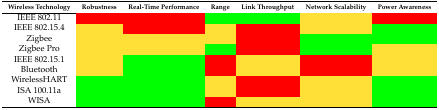
<table><thead><tr><td><b>Wireless Technology</b></td><td><b>Robustness</b></td><td><b>Real-Time Performance</b></td><td><b>Range</b></td><td><b>Link Throughput</b></td><td><b>Network Scalability</b></td><td><b>Power Awareness</b></td></tr></thead><tbody><tr><td>IEEE 802.11</td><td></td><td></td><td></td><td></td><td></td><td></td></tr><tr><td>IEEE 802.15.4</td><td></td><td></td><td></td><td></td><td></td><td></td></tr><tr><td>Zigbee</td><td></td><td></td><td></td><td></td><td></td><td></td></tr><tr><td>Zigbee Pro</td><td></td><td></td><td></td><td></td><td></td><td></td></tr><tr><td>IEEE 802.15.1</td><td></td><td></td><td></td><td></td><td></td><td></td></tr><tr><td>Bluetooth</td><td></td><td></td><td></td><td></td><td></td><td></td></tr><tr><td>WirelessHART</td><td></td><td></td><td></td><td></td><td></td><td></td></tr><tr><td>ISA 100.11a</td><td></td><td></td><td></td><td></td><td></td><td></td></tr><tr><td>WISA</td><td></td><td></td><td></td><td></td><td></td><td></td></tr></tbody></table>